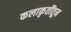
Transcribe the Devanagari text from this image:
कलाकृतींतून